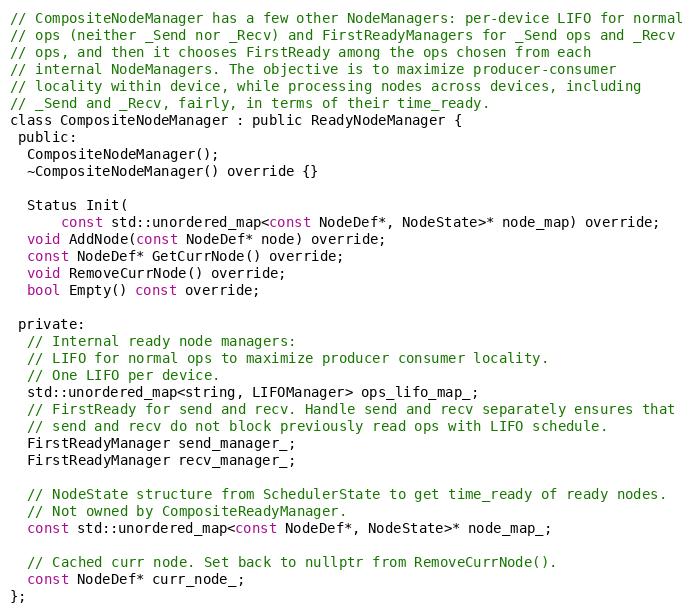
Language: C
// CompositeNodeManager has a few other NodeManagers: per-device LIFO for normal
// ops (neither _Send nor _Recv) and FirstReadyManagers for _Send ops and _Recv
// ops, and then it chooses FirstReady among the ops chosen from each
// internal NodeManagers. The objective is to maximize producer-consumer
// locality within device, while processing nodes across devices, including
// _Send and _Recv, fairly, in terms of their time_ready.
class CompositeNodeManager : public ReadyNodeManager {
 public:
  CompositeNodeManager();
  ~CompositeNodeManager() override {}

  Status Init(
      const std::unordered_map<const NodeDef*, NodeState>* node_map) override;
  void AddNode(const NodeDef* node) override;
  const NodeDef* GetCurrNode() override;
  void RemoveCurrNode() override;
  bool Empty() const override;

 private:
  // Internal ready node managers:
  // LIFO for normal ops to maximize producer consumer locality.
  // One LIFO per device.
  std::unordered_map<string, LIFOManager> ops_lifo_map_;
  // FirstReady for send and recv. Handle send and recv separately ensures that
  // send and recv do not block previously read ops with LIFO schedule.
  FirstReadyManager send_manager_;
  FirstReadyManager recv_manager_;

  // NodeState structure from SchedulerState to get time_ready of ready nodes.
  // Not owned by CompositeReadyManager.
  const std::unordered_map<const NodeDef*, NodeState>* node_map_;

  // Cached curr node. Set back to nullptr from RemoveCurrNode().
  const NodeDef* curr_node_;
};